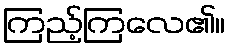
ကြည့်ကြလေ၏။